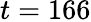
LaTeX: t=166